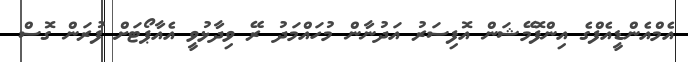
އެމްއެންޑީއެފްގެ އިންފޮމޭޝަން އޮފިސަރު އަދުނާން މުހައްމަދު ރޭ ވިދާޅުވީ އެއާޕޯޓަށް ފުރަން ގޮސް